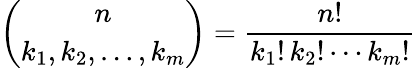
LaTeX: {\binom{n}{k_{1},k_{2},\ldots,k_{m}}}={\frac{n!}{k_{1}!\, k_{2}!\cdots k_{m}!}}